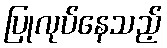
ပြုလုပ်နေသည့်